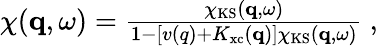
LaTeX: \begin{array}{r}{\chi(\mathbf{q},\omega)=\frac{\chi_{\mathrm{KS}}(\mathbf{q},\omega)}{1-\left[v(q)+K_{\mathrm{xc}}(\mathbf{q})\right]\chi_{\mathrm{KS}}(\mathbf{q},\omega)}\ ,}\end{array}